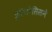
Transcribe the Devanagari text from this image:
इरॅथोसिसने